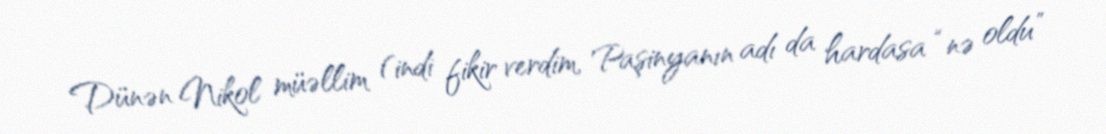
Dünən Nikol müəllim (indi fikir verdim, Paşinyanın adı da hardasa “nə oldu”